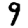
Digit: 9